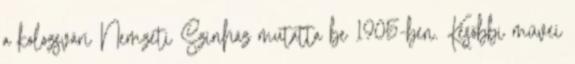
a kolozsvári Nemzeti Színház mutatta be 1905-ben. Későbbi művei